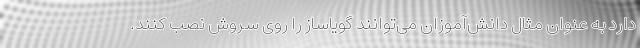
دارد به عنوان مثال دانش‌آموزان می‌توانند گویاساز را روی سروش نصب کنند.